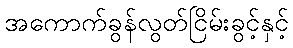
အကောက်ခွန်လွတ်ငြိမ်းခွင့်နှင့်